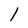
Character: 1